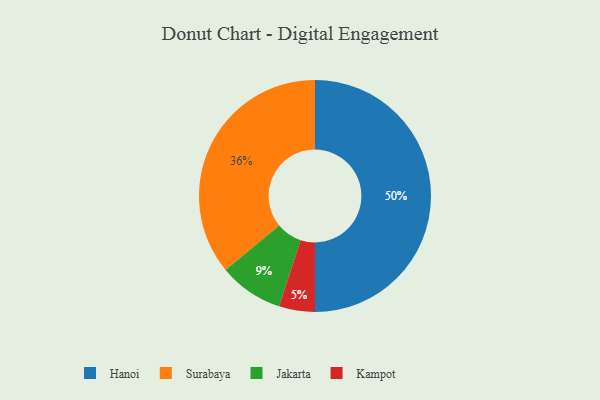
{"axis": {"x": "Category", "y": "Percentage"}, "legend": ["Hanoi", "Jakarta", "Kampot", "Surabaya"], "data": [{"x": "Kampot", "y": 5, "type": "Kampot"}, {"x": "Jakarta", "y": 9, "type": "Jakarta"}, {"x": "Hanoi", "y": 50, "type": "Hanoi"}, {"x": "Surabaya", "y": 36, "type": "Surabaya"}]}